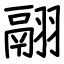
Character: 翮